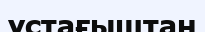
ұстағыштан